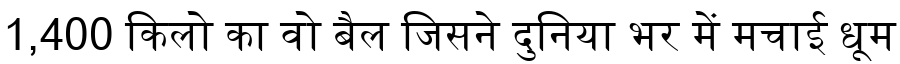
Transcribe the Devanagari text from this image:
1,400 किलो का वो बैल जिसने दुनिया भर में मचाई धूम